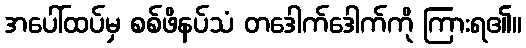
အပေါ်ထပ်မှ စစ်ဖိနပ်သံ တဒေါက်ဒေါက်ကို ကြားရ၏။